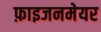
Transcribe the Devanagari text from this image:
फ़ाइजनमेयर